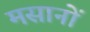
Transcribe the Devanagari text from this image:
मसानों